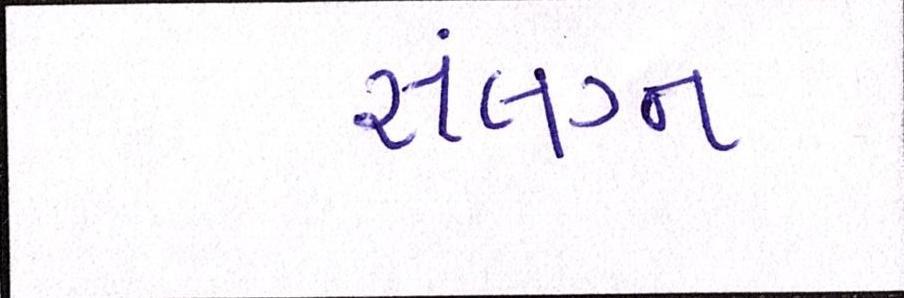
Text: સંલગ્ન